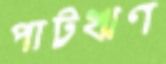
পাটঋণ